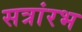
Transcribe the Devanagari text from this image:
सत्रांरभ